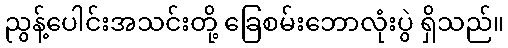
ညွန့်ပေါင်းအသင်းတို့ ခြေစမ်းဘောလုံးပွဲ ရှိသည်။